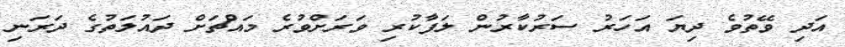
އަދި ވޭތުވެ ދިޔަ އަހަރު ސަރުކާރުން ލަފާކުރި ވަރަށްވުރެ މައްޗަށް ދައުލަތުގެ ދަރަނި